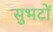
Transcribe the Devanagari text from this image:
सुभटों